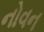
નોવન